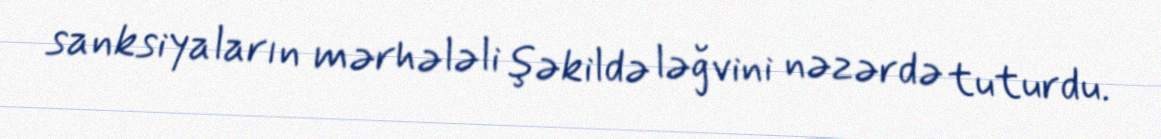
sanksiyaların mərhələli şəkildə ləğvini nəzərdə tuturdu.